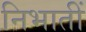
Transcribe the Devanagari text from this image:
निभातीं